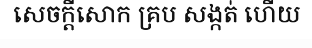
សេចក្តីសោក គ្រប សង្កត់ ហើយ